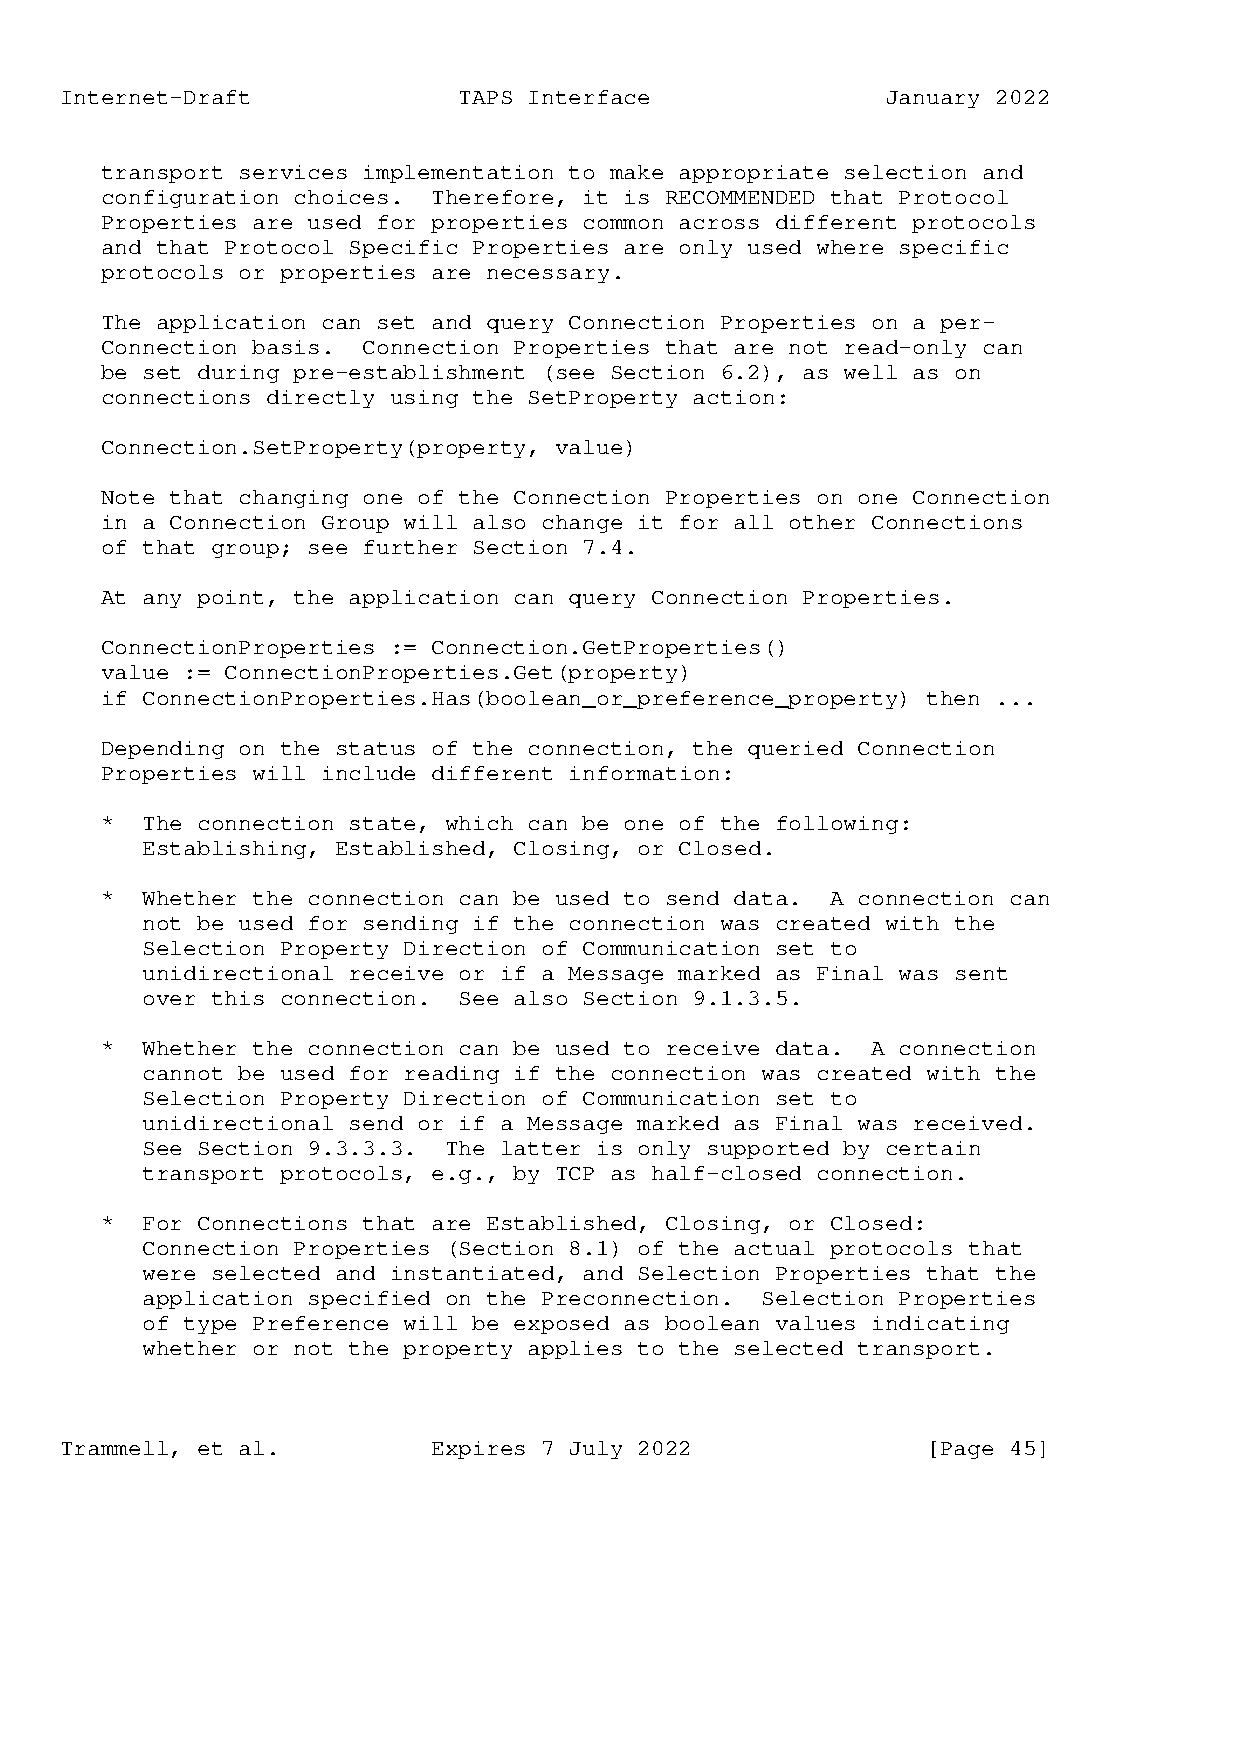
Internet-Draft            TAPS Interface               January 2022
 transport services implementation to make appropriate selection and
 configuration choices. Therefore, it is RECOMMENDED that Protocol
 Properties are used for properties common across different protocols
 and that Protocol Specific Properties are only used where specific
 protocols or properties are necessary.
 The application can set and query Connection Properties on a per-
 Connection basis. Connection Properties that are not read-only can
 be set during pre-establishment (see Section 6.2), as well as on
 connections directly using the SetProperty action:
 Connection.SetProperty(property, value)
 Note that changing one of the Connection Properties on one Connection
 in a Connection Group will also change it for all other Connections
 of that group; see further Section 7.4.
 At any point, the application can query Connection Properties.
 ConnectionProperties := Connection.GetProperties()
 value := ConnectionProperties.Get(property)
 if ConnectionProperties.Has(boolean_or_preference_property) then ...
 Depending on the status of the connection, the queried Connection
 Properties will include different information:
 * The connection state, which can be one of the following:
 Establishing, Established, Closing, or Closed.
 * Whether the connection can be used to send data. A connection can
 not be used for sending if the connection was created with the
 Selection Property Direction of Communication set to
 unidirectional receive or if a Message marked as Final was sent
 over this connection. See also Section 9.1.3.5.
 * Whether the connection can be used to receive data. A connection
 cannot be used for reading if the connection was created with the
 Selection Property Direction of Communication set to
 unidirectional send or if a Message marked as Final was received.
 See Section 9.3.3.3. The latter is only supported by certain
 transport protocols, e.g., by TCP as half-closed connection.
 * For Connections that are Established, Closing, or Closed:
 Connection Properties (Section 8.1) of the actual protocols that
 were selected and instantiated, and Selection Properties that the
 application specified on the Preconnection. Selection Properties
 of type Preference will be exposed as boolean values indicating
 whether or not the property applies to the selected transport.
 Trammell, et al.         Expires 7 July 2022             [Page 45]